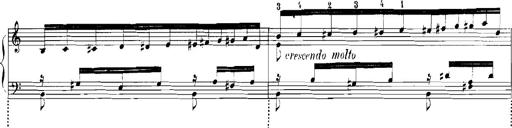
Title: Rhapsodies hongroises
Composer: Franz Liszt